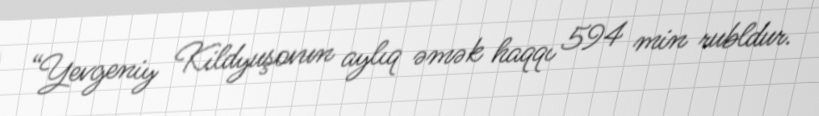
“Yevgeniy Kildyuşovun aylıq əmək haqqı 594 min rubldur.